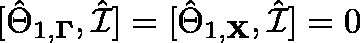
[ \hat { \Theta } _ { 1 , \mathbf { \Gamma } } , \hat { \mathcal { I } } ] = [ \hat { \Theta } _ { 1 , \mathbf { X } } , \hat { \mathcal { I } } ] = 0